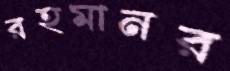
রহমানর